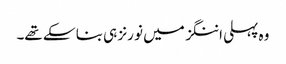
وہ پہلی اننگز میں نو رنز ہی بنا سکے تھے۔